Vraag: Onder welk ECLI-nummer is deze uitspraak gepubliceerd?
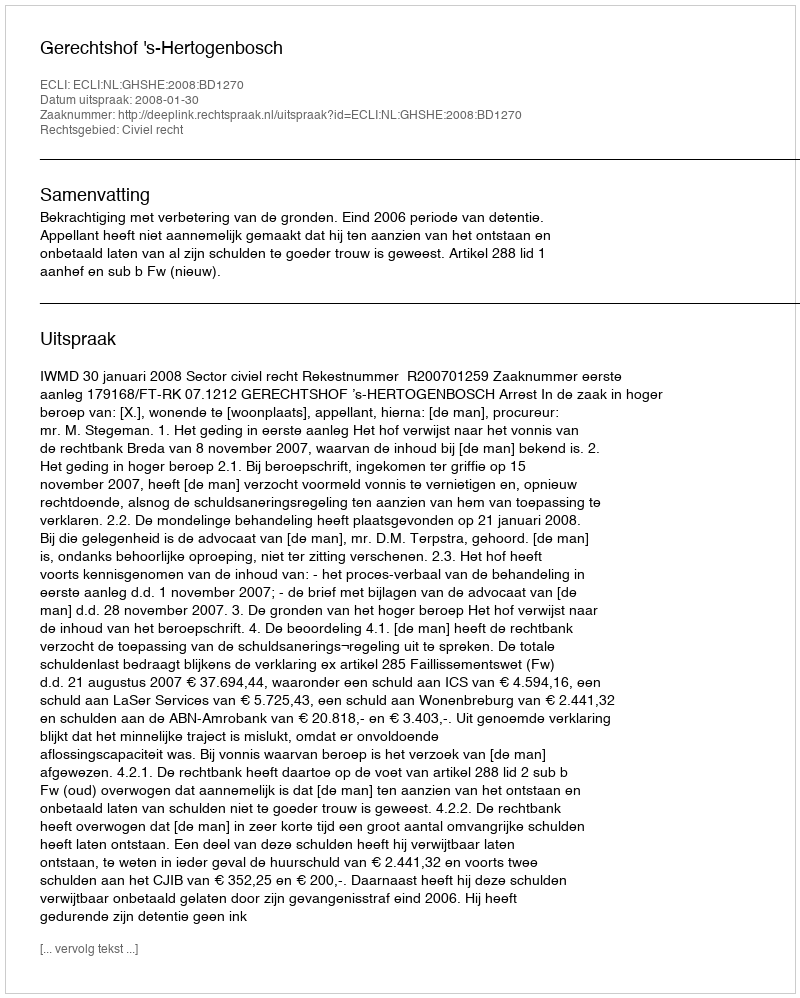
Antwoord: ECLI:NL:GHSHE:2008:BD1270